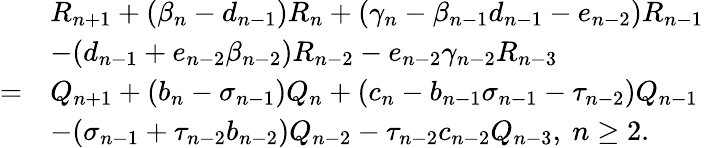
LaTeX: \begin{array}{rl}&{R_{n+1}+(\beta_{n}-d_{n-1})R_{n}+(\gamma_{n}-\beta_{n-1}d_{n-1}-e_{n-2})R_{n-1}}\\ &{-(d_{n-1}+e_{n-2}\beta_{n-2})R_{n-2}-e_{n-2}\gamma_{n-2}R_{n-3}}\\ {=}&{Q_{n+1}+(b_{n}-\sigma_{n-1})Q_{n}+(c_{n}-b_{n-1}\sigma_{n-1}-\tau_{n-2})Q_{n-1}}\\ &{-(\sigma_{n-1}+\tau_{n-2}b_{n-2})Q_{n-2}-\tau_{n-2}c_{n-2}Q_{n-3},~n\geq 2.}\end{array}